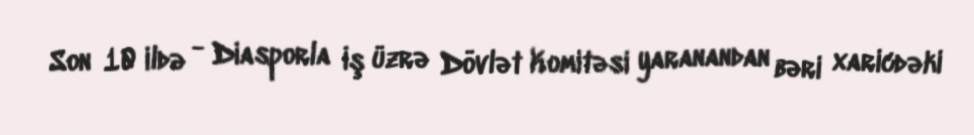
Son 10 ildə - Diasporla İş üzrə Dövlət Komitəsi yaranandan bəri xaricdəki